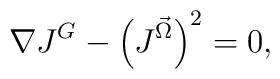
\nabla J^G - \left(J^{\vec \Omega}\right)^2 = 0,